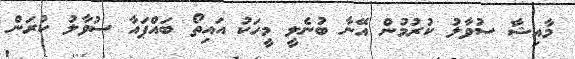
މާއިޝާ ސުވާލު ކުރުމުން އޭނާ ބުނެލީ މީހަކު އައިތޯ ބައްޕައާ ސުވާލު ކުރަން